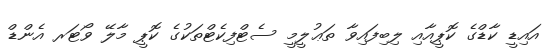
އައިޑީ ކާޑްގެ ކޮޕީއާއި ލިބިފައިވާ ތަޢުލީމީ ސެޓްފިކެޓްތަކުގެ ކޮޕީ މާލޭ ވޯޓަރ އެންޑް